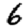
Digit: 6